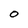
Character: O